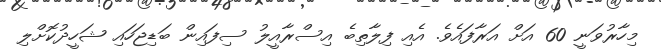
މިހާރުވަނީ 60 އަށް އަރާފައެވެ. އެއި ފިލާތިބެ އިސްރާއީލު ސިފައިން ބަޑިޖަހައި ޝަހީދުކޮށްލި